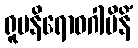
ရူပနိရောဓဂါမိနိံ